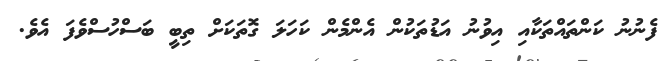
ފެނުނު ކަންތައްތަކާއި އިވުނު އަޑުތަކުން އެންމެން ކަހަލަ ގޮތަކަށް ތިބީ ބަސްހުސްވެފަ އެވެ.